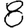
Digit: 8